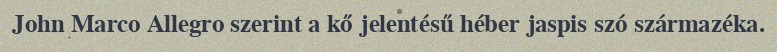
John Marco Allegro szerint a kő jelentésű héber jaspis szó származéka.